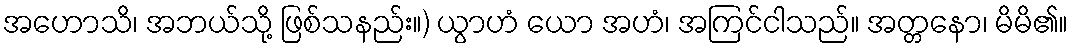
အဟောသိ၊ အဘယ်သို့ ဖြစ်သနည်း။) ယွာဟံ ယော အဟံ၊ အကြင်ငါသည်။ အတ္တနော၊ မိမိ၏။